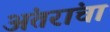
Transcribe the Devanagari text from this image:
अंतरांचा